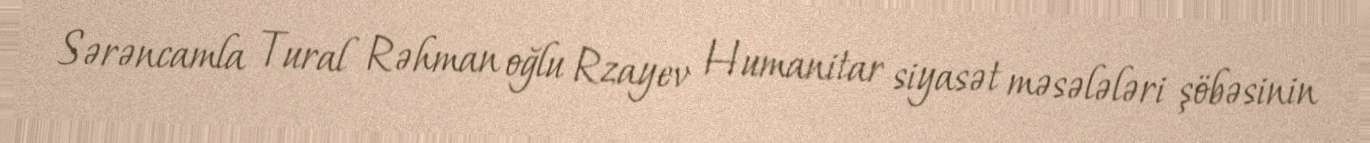
Sərəncamla Tural Rəhman oğlu Rzayev Humanitar siyasət məsələləri şöbəsinin